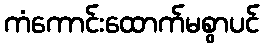
ကံကောင်းထောက်မစွာပင်